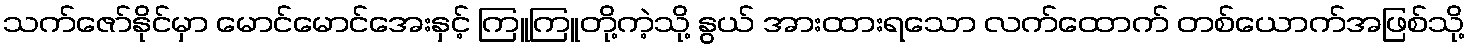
သက်ဇော်နိုင်မှာ မောင်မောင်အေးနှင့် ကြူကြူတို့ကဲ့သို့ နွယ် အားထားရသော လက်ထောက် တစ်ယောက်အဖြစ်သို့